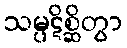
သမ္ပဋိစ္ဆိတွာ